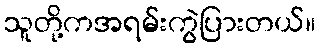
သူတို့ကအရမ်းကွဲပြားတယ်။